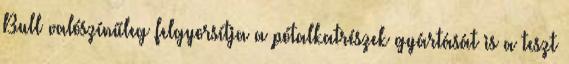
Bull valószínűleg felgyorsítja a pótalkatrészek gyártását is a teszt